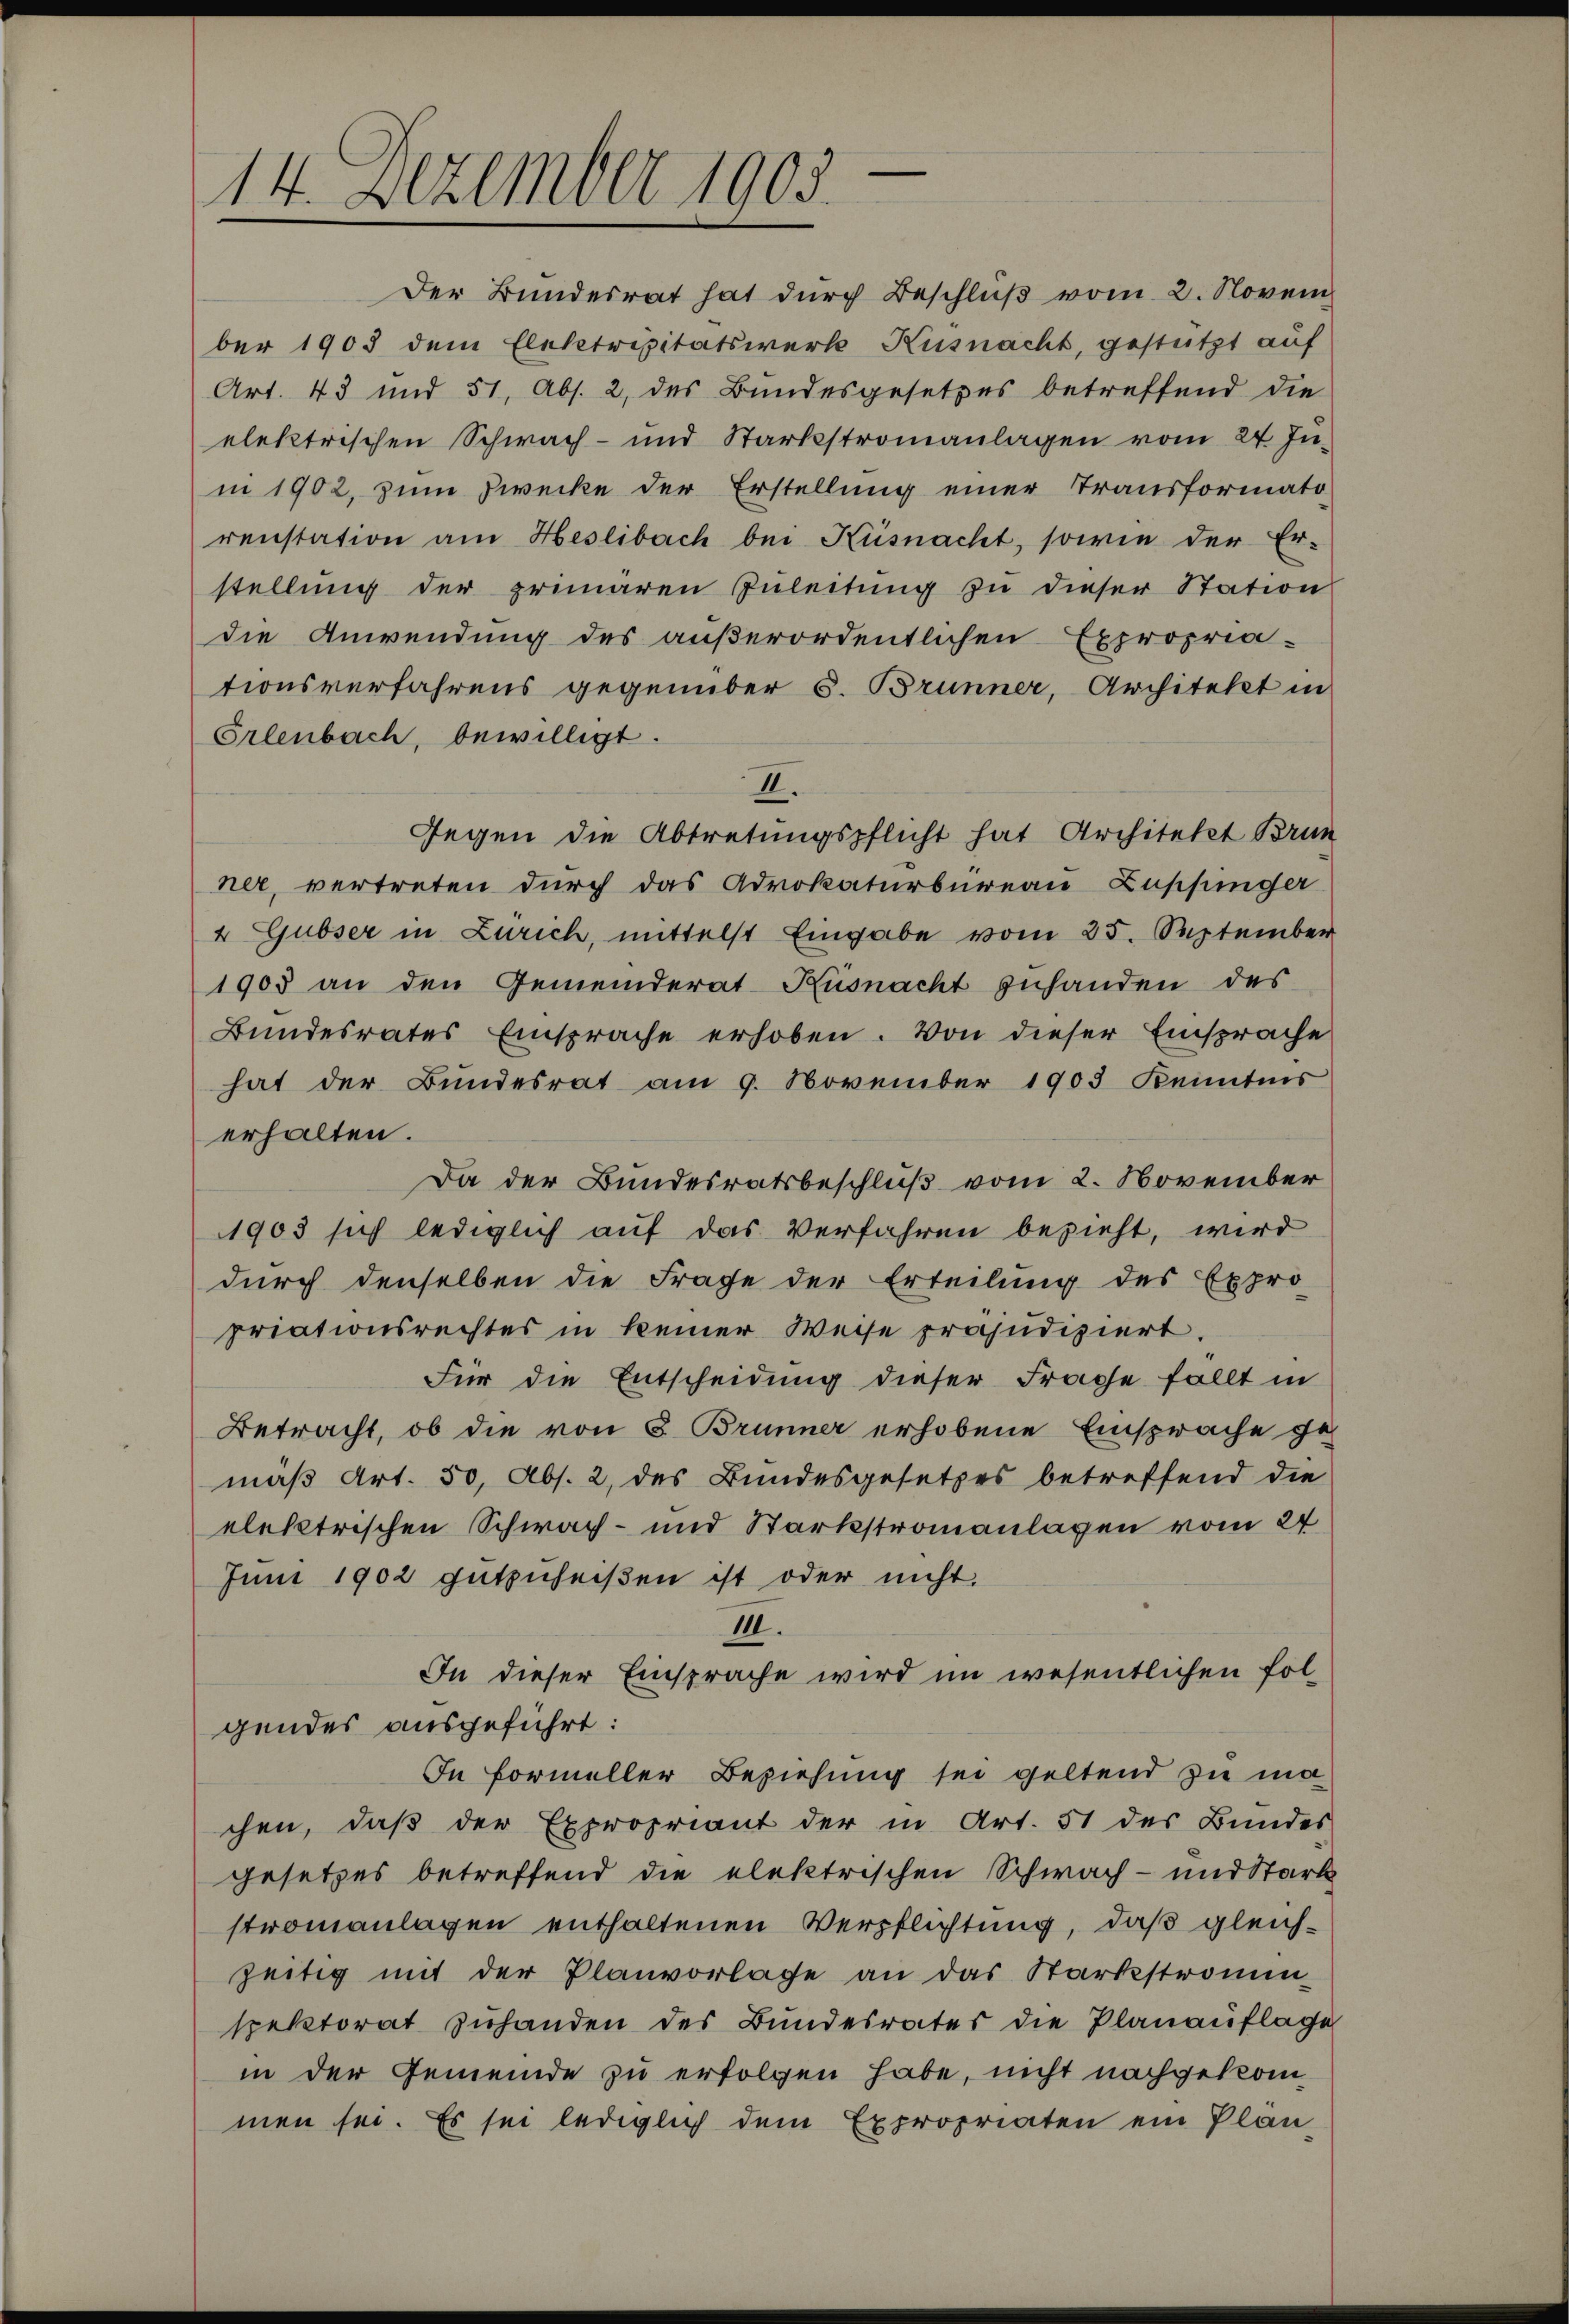
14. Dezember 1903.

Der Bundesrat hat durch Beschluß vom 2. Novem
ber 1903 dem Elektripitätswerk Küsnacht, gestützt auf
Art. 43 und 51, Abs. 2, des Bundesgesetzes betreffend die
elektrischen Schwach- und Starkstromanlagen vom 24. Juni 1902, zum Zwecke der Erstellung einer Transformato-
renstation am Heslibach bei Küsnacht, sowie der Er-
stellung der primären Zuleitung zu dieser Station
die Anwendung des außerordentlichen Expropria-
tionsverfahrens gegenüber s. Brunner, Architekt in
Erlenbach, bewilligt.
II.
Gegen die Abtretungspflicht hat Architekt Brun
ner, vertreten durch das Advokaturbureau Zuppinger
4 Gubser in Zürich, mittelst Eingabe vom 25. September
1905 an den Gemeinderat Küsnacht zuhanden des
Bundesrates Einsprache erhoben. Von dieser Einsprache
hat der Bŭndesrat am 9. November 1903 Kenntnis
erhalten.
Da der Bundesratsbeschluß vom 2. November
1903 sich lediglich auf das Verfahren bezieht, wird
durch denselben die Frage der Erteilung des Expro-
priationsrechtes in keiner Weise präjudiziert.
Für die Entscheidung dieser Frache fällt in
Betracht, ob die von 8 Brünner erhobene Einsprache ge-
mäß Art. 50, Abs. 2, des Bundesgesetzes betreffend die
elektrischen Schwach- und Stärkstromanlagen vom 24
Juni 1902 gutzuheißen ist oder nicht.
11.
In dieser Einsprache wird im wesentlichen Folgendes ausgeführt:
In Formeller Beziehung sei geltend zu ma-
chen, daß der Expropriant der in Art. 51 des Bundes
gesetzes betreffend die elektrischen Schwach- und Stark
stromanlagen enthaltenen Verpflichtung, daß gleichzeitig mit der Planvorlache an das Stärkstromen-
spektorat zŭhanden des Bŭndesrates die Planaŭflage
in der Gemeinde zu erfolgen habe, nicht nachgekommen sei. Es sei lediglich dem Expropriaten ein Plän